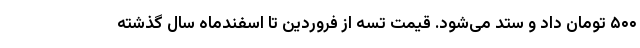
۵۰۰ تومان داد و ستد می‌شود. قیمت تسه از فروردین تا اسفندماه سال گذشته